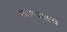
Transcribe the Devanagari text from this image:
राहण्यातच